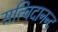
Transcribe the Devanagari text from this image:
सत्चिदानन्द